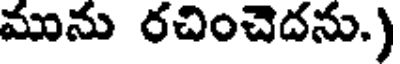
మును రచించెదను.)